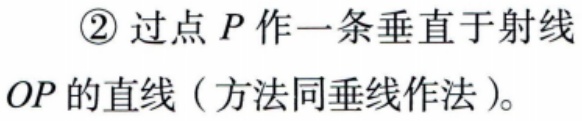
\textcircled{2} 过点 \(P\) 作一条垂直于射线 \(OP\) 的直线（方法同垂线作法）。